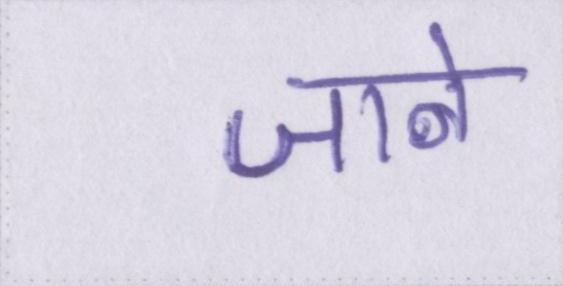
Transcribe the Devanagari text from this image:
जाने